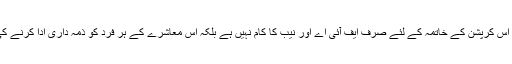
انہوں نے کہا کہ اس کرپشن کے خاتمہ کے لئے صرف ایف آئی اے اور نیب کا کام نہیں ہے بلکہ اس معاشرے کے ہر فرد کو ذمہ داری ادا کرنے کی ضرورت ہے ۔